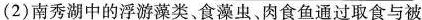
(2)南秀湖中的浮游藻类、食藻虫、肉食鱼通过取食与被